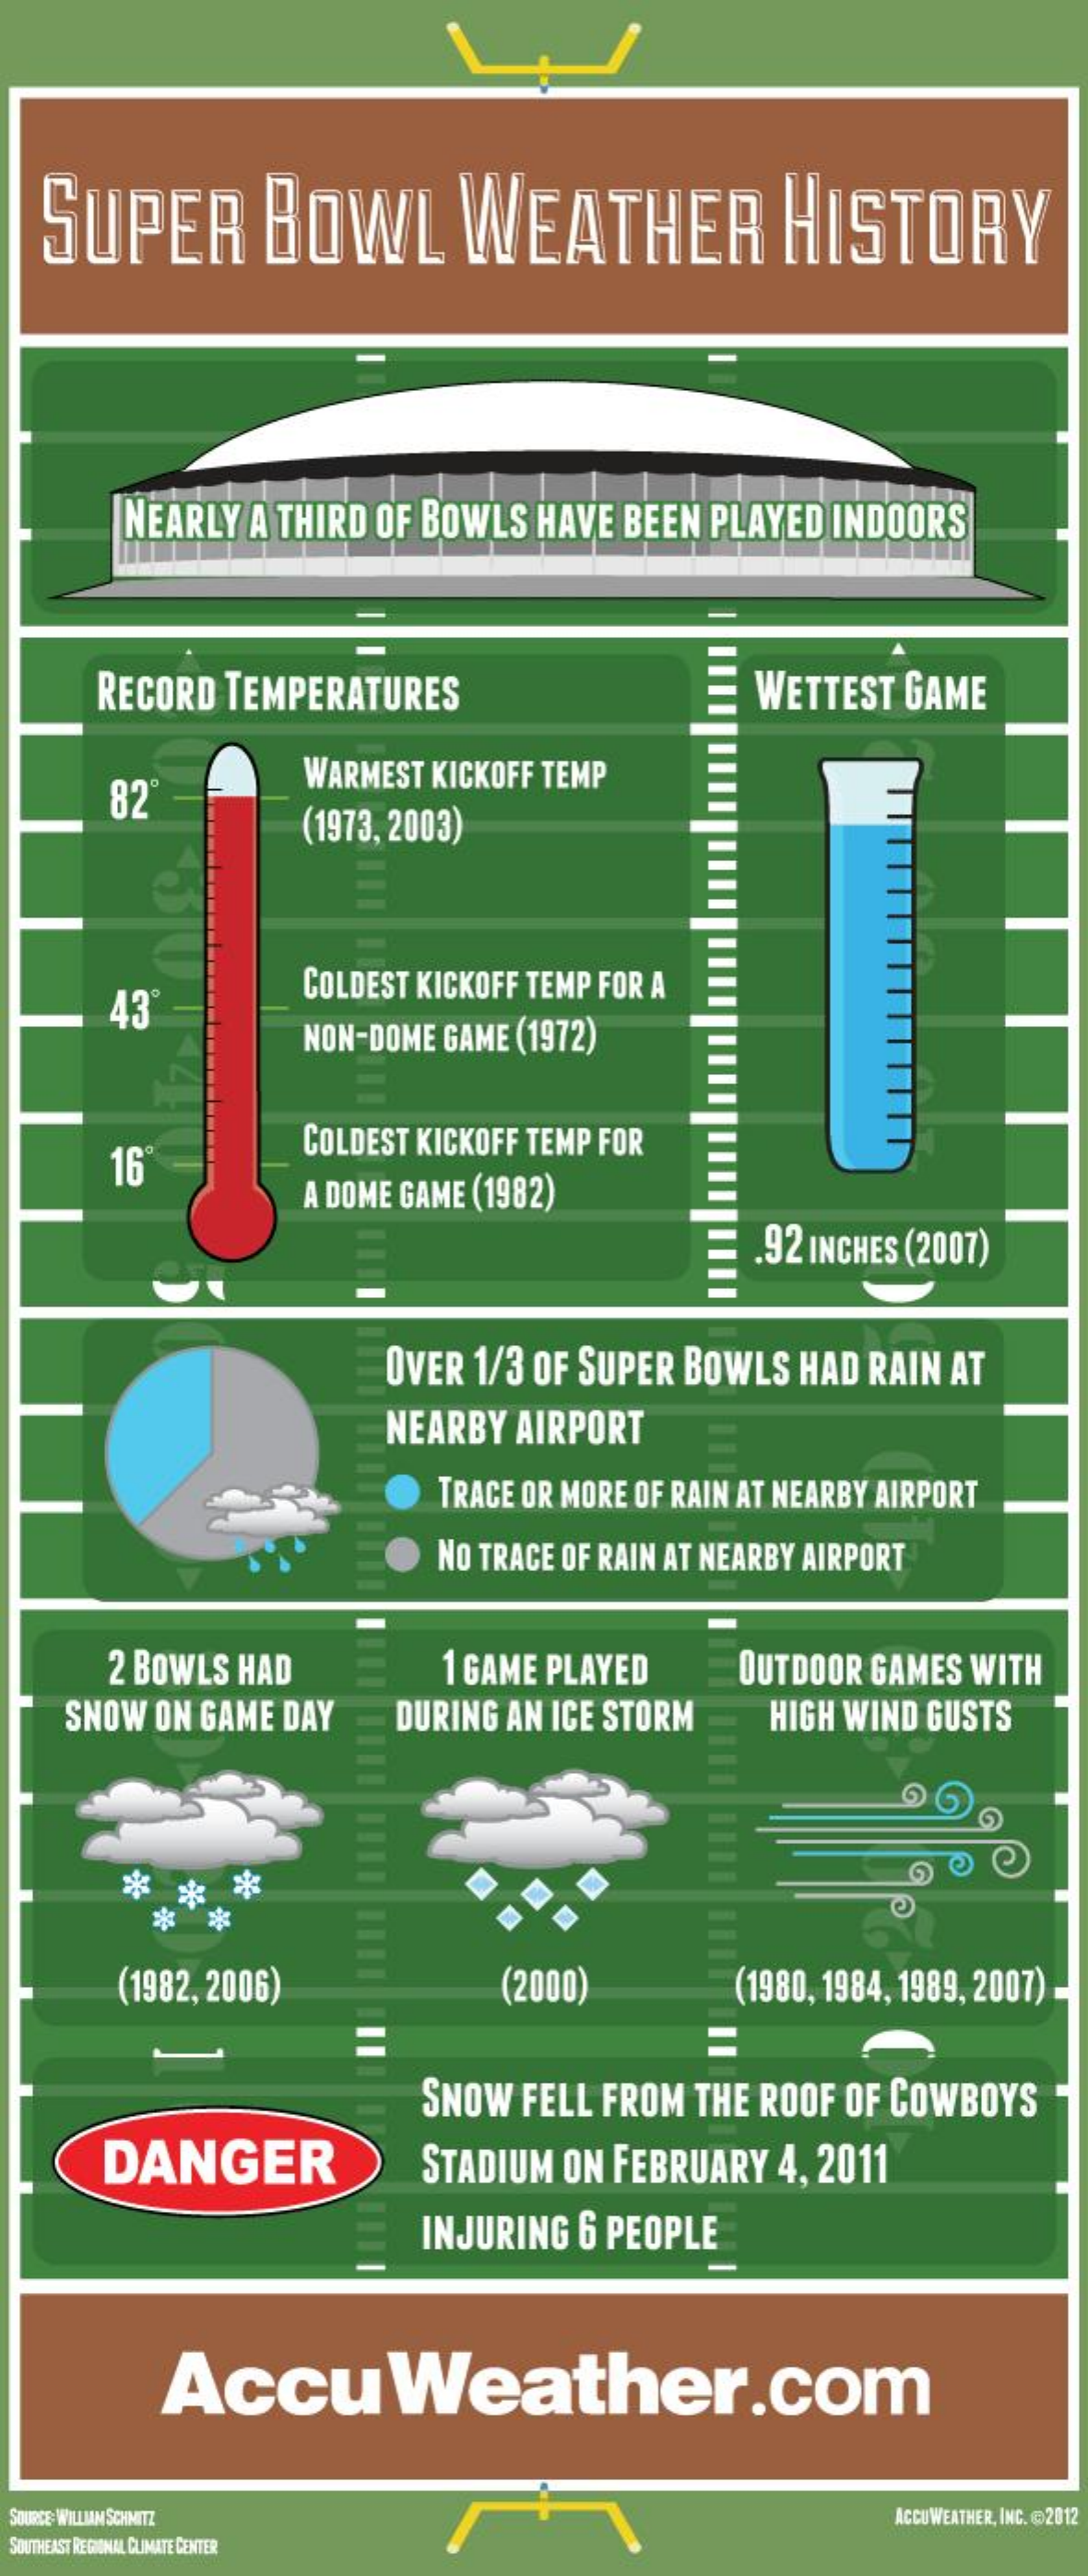
SUPER   BOWL    WEATHER    HISTORY
     NEARLY A THIRD OF BOWLS HAVE BEEN PLAYED INDOORS
    RECORD TEMPERATURES    WETTEST GAME
     82
     WARMEST KICKOFF TEMP
     (1973, 2003)
     TTTTTTTT
     43
     COLDEST KICKOFF TEMP FOR A
     NON-DOME GAME (1972)
     16
     COLDEST KICKOFF TEMP FOR
     A DOME GAME (1982)
     .92 INCHES (2007)
     OVER 1/3 OF SUPER BOWLS HAD RAIN AT
     NEARBY AIRPORT E
     TRACE OR MORE OF RAIN AT NEARBY AIRPORT
     NO TRACE OF RAIN AT NEARBY AIRPORT
     2 BOWLS HAD  1 GAME PLAYED OUTDOOR GAMES WITH
   SNOW ON GAME DAY DURING AN ICE STORM HIGH WIND GUSTS
     (1982, 2006)   (2000)   (1980, 1984, 1989, 2007)
     =
     SNOW FELL FROM THE ROOF OF COWBOYS
    DANGER    STADIUM ON FEBRUARY 4, 2011
     INJURING 6 PEOPLE
     AccuWeather.com
  SOURCE: WILLIAM SCHMITZ    ACCUWEATHER, INC. @2012
  SOUTHEAST REGIONAL CLIMATE CENTER